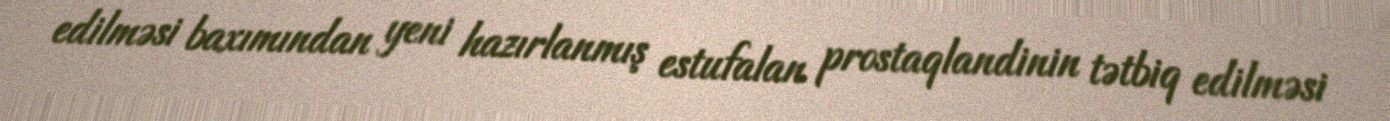
edilməsi baxımından yeni hazırlanmış estufalan prostaqlandinin tətbiq edilməsi